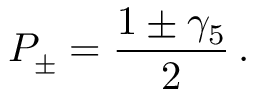
P _ { \pm } = { \frac { 1 \pm \gamma _ { 5 } } { 2 } } \, .